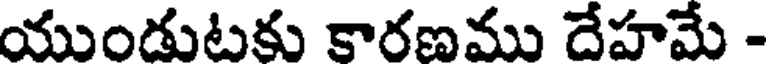
యుండుటకు కారణము దేహమే -